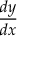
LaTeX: \frac { d y } { d x }